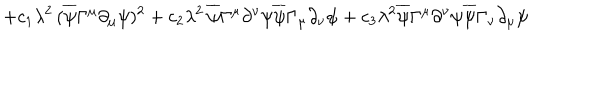
LaTeX: + c _ { 1 } \lambda ^ { 2 } \, ( \overline { { { \psi } } } \Gamma ^ { \mu } \partial _ { \mu } \psi ) ^ { 2 } + c _ { 2 } \lambda ^ { 2 } \, \overline { { { \psi } } } \Gamma ^ { \mu } \partial ^ { \nu } \psi \overline { { { \psi } } } \Gamma _ { \mu } \partial _ { \nu } \psi + c _ { 3 } \lambda ^ { 2 } \overline { { { \psi } } } \Gamma ^ { \mu } \partial ^ { \nu } \psi \overline { { { \psi } } } \Gamma _ { \nu } \partial _ { \mu } \psi